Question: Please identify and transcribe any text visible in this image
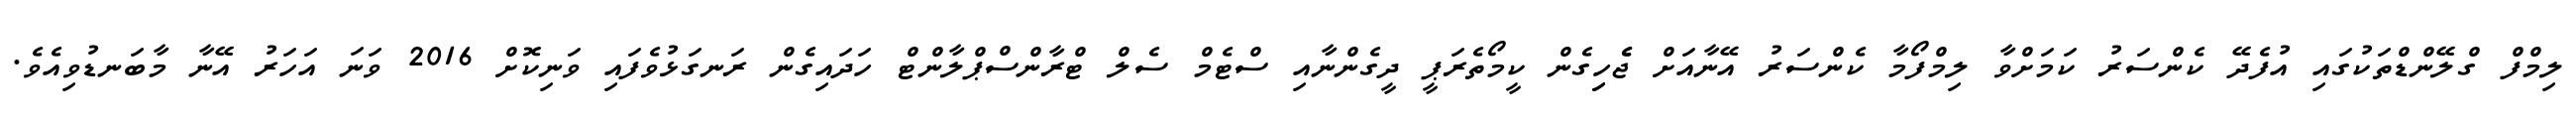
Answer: ލިމްފް ގްލޭންޑްތަކުގައި އުފެދޭ ކެންސަރު ކަމަށްވާ ލިމްފޯމާ ކެންސަރު އޭނާއަށް ޖެެހިިގެން ކީމޯތެރަޕީ ދީގެންނާއި ސްޓެމް ސެލް ޓްރާންސްޕްލާންޓް ހަދައިގެން ރަނގަޅުވެފައި ވަނިކޮށް 2016 ވަނަ އަހަރު އޭނާ މާބަނޑުވިއެވެ.